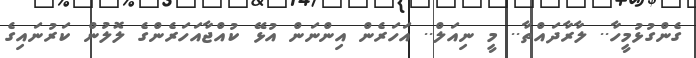
ގެންގުޅުމީހާ.. ލާރާދައްތާ.. މީ ނިއަލް.. އަހަރެން އިންނަން އުޅޭ ކުއްޖާއަހަރެންގެ ލޮލުން ކަރުނައިގެ